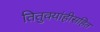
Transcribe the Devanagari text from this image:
तितुक्यांहीसहित